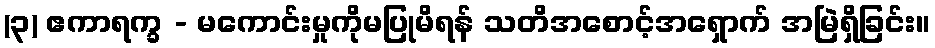
(၃) ဧကာရက္ခ - မကောင်းမှုကိုမပြုမိရန် သတိအစောင့်အရှောက် အမြဲရှိခြင်း။